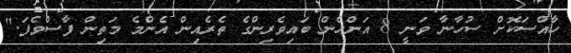
ހާއްސަކޮށް ސުހާނާ ވަނީ 8 އަންހެން ބައިވެރިންގެ ތެރެއިން އެންމެ މަތިން ފާސްވެފަ."